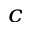
^ { c }